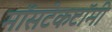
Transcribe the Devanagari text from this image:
मॉसटेकटॉमी